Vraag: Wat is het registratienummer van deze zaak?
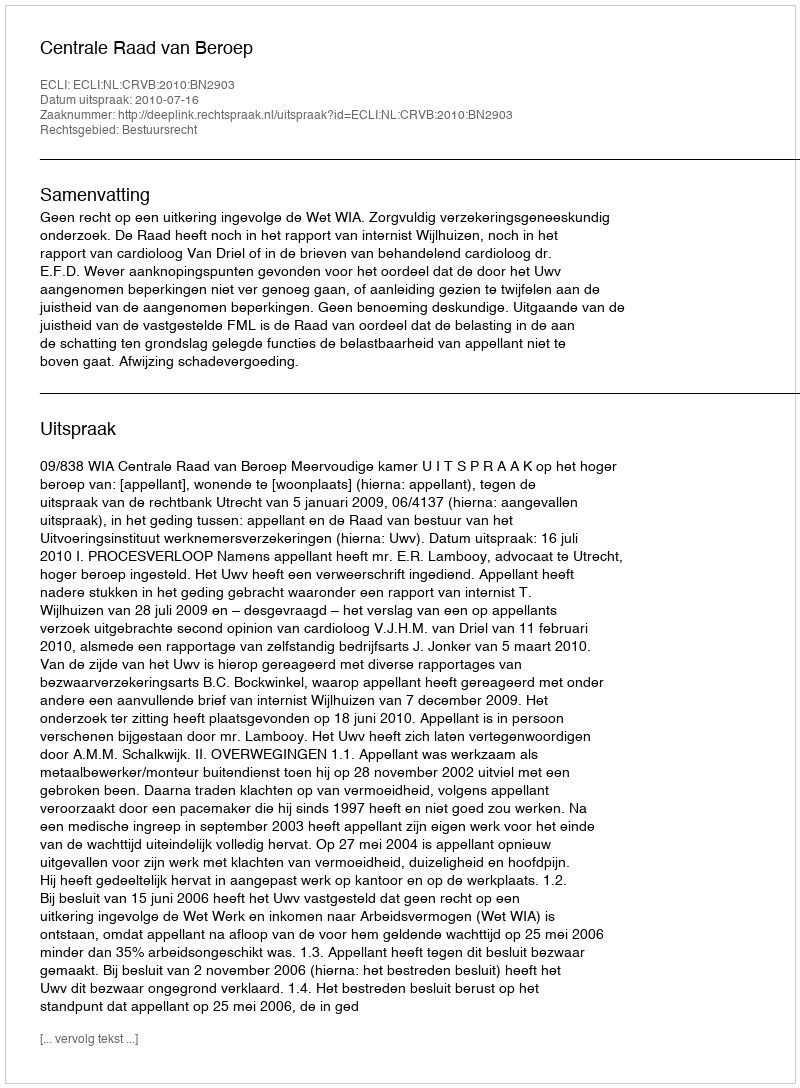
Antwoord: http://deeplink.rechtspraak.nl/uitspraak?id=ECLI:NL:CRVB:2010:BN2903